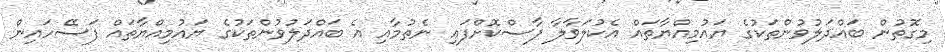
މިގޮތުން ބައްދަލުވުންތަކުގެ ޔައުމިއްޔާތައް އެކުލަވާލާ ފާސްކޮށްފައި ނެތުމާއި އެ ބައްދަލުވުންތަކުގެ ޔައުމިއްޔާތައް ފަސޭހައިން